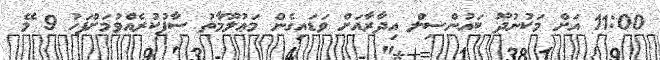
11:00 އަށް މަކުނުދޫ ކައުންސިލް އިދާރާއަށް ވަޑައިގެން މަޢުލޫމާތު ސާފުކުރެއްވުމަށްފަހު 9 މޭ